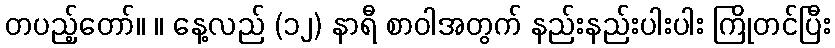
တပည့်တော်။ ။ နေ့လည် (၁၂) နာရီ စာဝါအတွက် နည်းနည်းပါးပါး ကြိုတင်ပြီး